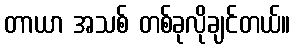
တာယာ အသစ် တစ်ခုလိုချင်တယ်။